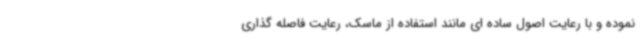
نموده و با رعایت اصول ساده ای مانند استفاده از ماسک، رعایت فاصله گذاری